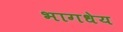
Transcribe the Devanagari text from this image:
भागधेय